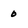
Character: 0